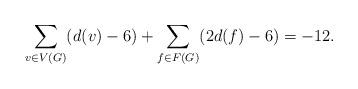
LaTeX: \begin{align*}\sum_{v\in V(G)}(d(v) - 6) + \sum_{f\in F(G)}(2d(f) - 6) = -12. \end{align*}